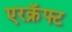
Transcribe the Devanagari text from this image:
एरक्रॅफ्ट